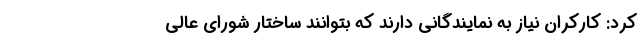
کرد: کارکران نیاز به نمایندگانی دارند که بتوانند ساختار شورای عالی